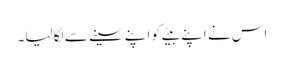
اس نے اپنے بیٹے کو اپنے سینے سے لگا لیا۔